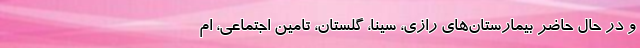
و در حال حاضر بیمارستان‌های رازی، سینا، گلستان، تامین اجتماعی، ام